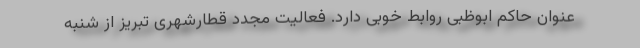
عنوان حاکم ابوظبی روابط خوبی دارد. فعالیت مجدد قطارشهری تبریز از شنبه